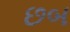
છબ